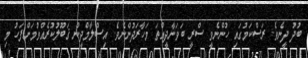
ބުދު ދީނެވެ. ރަސްކަމުގައި ހުންނެވީ ސްރީ ބަވަނާދީއްތަ މަހާރަދުންނެވެ. އިސްލާމްދީން ޤަބޫލުކުރެއްވުމަށްފަހު މި